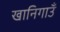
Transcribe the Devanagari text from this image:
खानिगाउँ